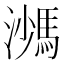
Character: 𩣠